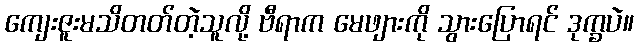
ကျေးဇူးမသိတတ်တဲ့သူလို့ ဗီရာက မေဖျားကို သွားပြောရင် ဒုက္ခပဲ။